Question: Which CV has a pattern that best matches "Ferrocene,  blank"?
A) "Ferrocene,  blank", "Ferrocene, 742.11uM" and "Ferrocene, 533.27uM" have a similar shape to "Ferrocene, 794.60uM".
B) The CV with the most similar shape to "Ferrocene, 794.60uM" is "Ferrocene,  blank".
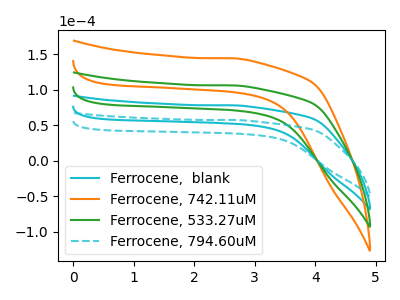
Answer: <think>The cyan curve "Ferrocene,  blank" has no peaks. The orange curve "Ferrocene, 742.11uM" has no peaks. The green curve "Ferrocene, 533.27uM" has no peaks. The cyan dashed curve "Ferrocene, 794.60uM" has no peaks.
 Neither "Ferrocene,  blank" or "Ferrocene, 742.11uM" have any peaks. Neither "Ferrocene,  blank" or "Ferrocene, 533.27uM" have any peaks. Neither "Ferrocene,  blank" or "Ferrocene, 794.60uM" have any peaks. Neither "Ferrocene, 742.11uM" or "Ferrocene, 533.27uM" have any peaks. Neither "Ferrocene, 742.11uM" or "Ferrocene, 794.60uM" have any peaks. Neither "Ferrocene, 533.27uM" or "Ferrocene, 794.60uM" have any peaks.</think>
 <answer>A) "Ferrocene,  blank", "Ferrocene, 742.11uM" and "Ferrocene, 533.27uM" have a similar shape to "Ferrocene, 794.60uM".</answer>
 <eval>A</eval>